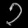
Digit: ၃